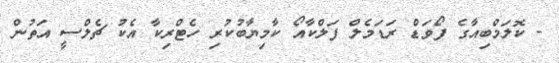
- ކޮލަމްބިއާގެ ފޯވަޑް ރަޑަމެލް ފަލްކާއޯ ކާމިޔާބުކުރި ހެޓްރިކާ އެކު ޗެލްސީ އަތުން